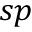
s p